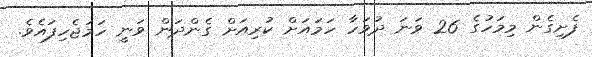
ފެށިގެން މިމަހުގެ 26 ވަނަ ދުވަހާ ހަމައަށް ކުރިއަށް ގެންދަން ވަނީ ހަމަޖެހިފައެވެ.